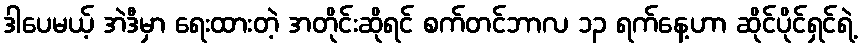
ဒါပေမယ့် အဲဒီမှာ ရေးထားတဲ့ အတိုင်းဆိုရင် စက်တင်ဘာလ ၁၃ ရက်နေ့ဟာ ဆိုင်ပိုင်ရှင်ရဲ့